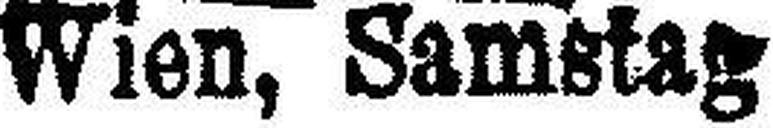
Wien, Samstag